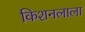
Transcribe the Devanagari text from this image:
किशनलाला